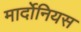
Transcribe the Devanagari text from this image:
मार्दोनियस